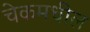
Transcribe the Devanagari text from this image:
चेकमधील